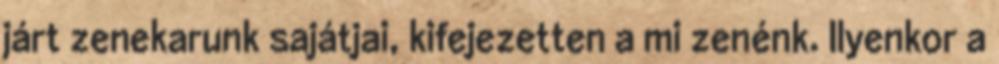
járt zenekarunk sajátjai, kifejezetten a mi zenénk. Ilyenkor a